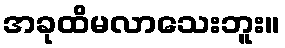
အခုထိမလာသေးဘူး။